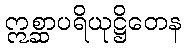
ဣစ္ဆာပရိယုဋ္ဌိတေန